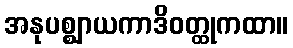
အနုပစ္ဈာယကာဒိဝတ္ထုကထာ။